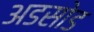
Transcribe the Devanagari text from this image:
अडसोड